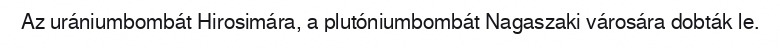
Az urániumbombát Hirosimára, a plutóniumbombát Nagaszaki városára dobták le.